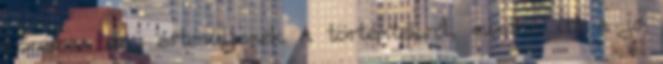
köreiben úgy értesüljenek a történtekről, mintha itt a jó